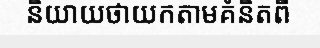
និយាយថាយកតាមគំនិតពី